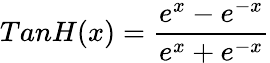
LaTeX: TanH(x)=\frac{e^{x}-e^{-x}}{e^{x}+e^{-x}}